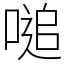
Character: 㗓